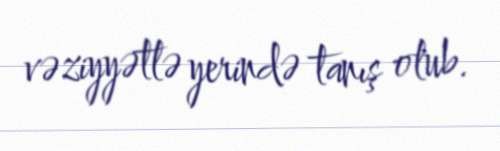
vəziyyətlə yerində tanış olub.